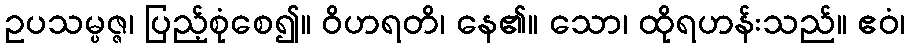
ဥပသမ္ပဇ္ဇ၊ ပြည့်စုံစေ၍။ ဝိဟရတိ၊ နေ၏။ သော၊ ထိုရဟန်းသည်။ ဧဝံ၊